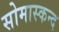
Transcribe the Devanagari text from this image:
सोमास्कन्द